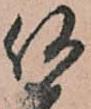
何